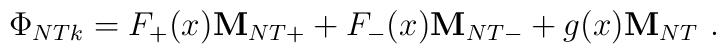
\Phi_{NTk} = F_+ (x) {\bf M}_{NT+} + F_- (x) {\bf M}_{NT-}          + g(x) {\bf M}_{NT} \ .